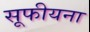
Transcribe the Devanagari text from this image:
सूफीयना